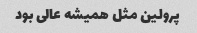
پرولین مثل همیشه عالی بود